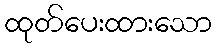
ထုတ်ပေးထားသော